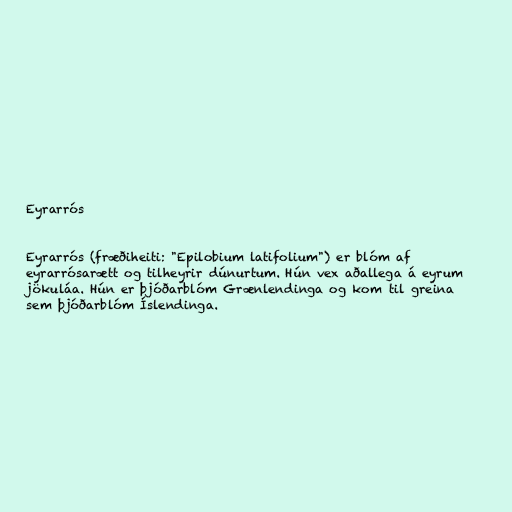
Eyrarrós

Eyrarrós (fræðiheiti: "Epilobium latifolium") er blóm af
eyrarrósarætt og tilheyrir dúnurtum. Hún vex aðallega á eyrum
jökuláa. Hún er þjóðarblóm Grænlendinga og kom til greina
sem þjóðarblóm Íslendinga.